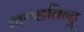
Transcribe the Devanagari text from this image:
गण्डतिन्दु